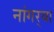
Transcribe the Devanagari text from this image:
नांगर्‍या